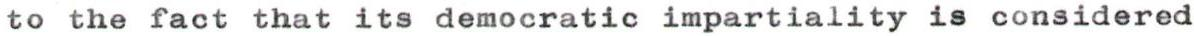
to the fact that its democratic impartiality is considered